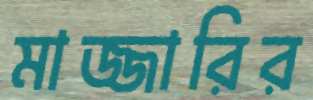
মাজ্জারির